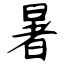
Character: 暑